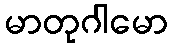
မာတုဂါမော